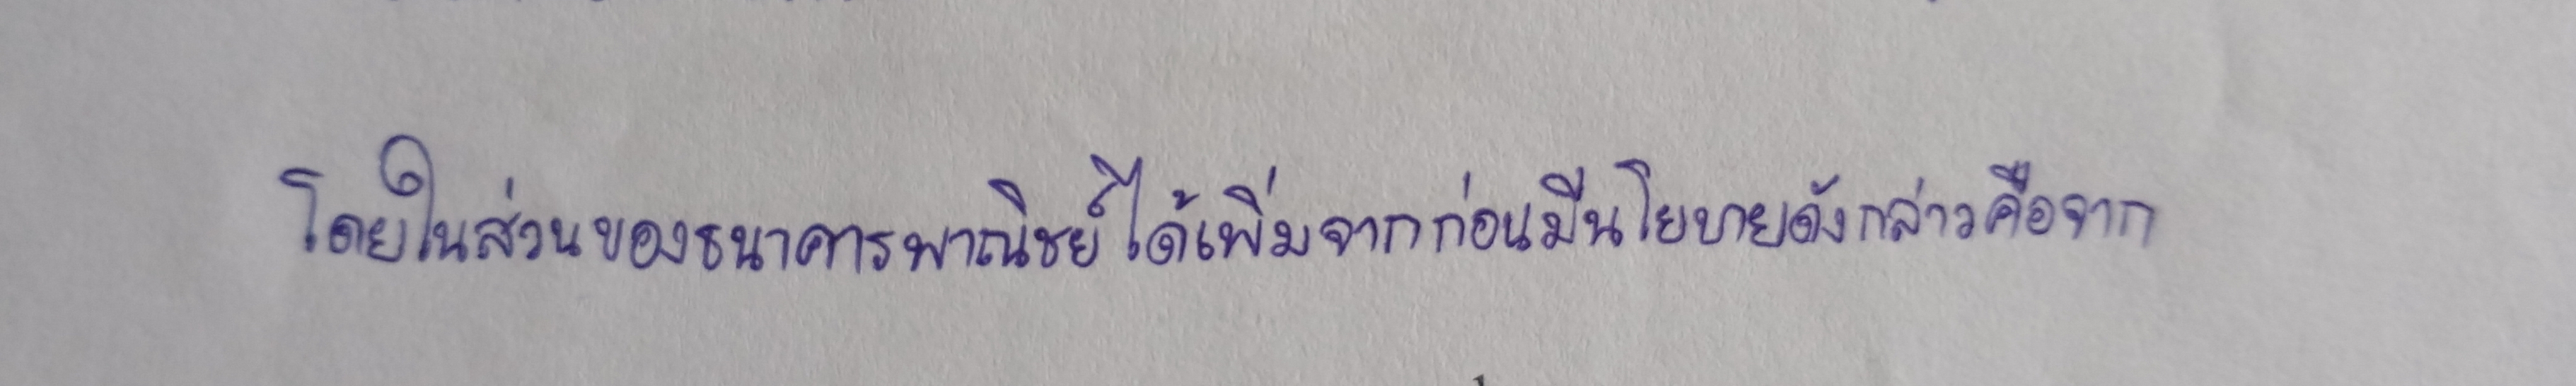
โดยในส่วนของธนาคารพาณิชย์ได้เพิ่มจากก่อนมีนโยบายดังกล่าวคือจาก